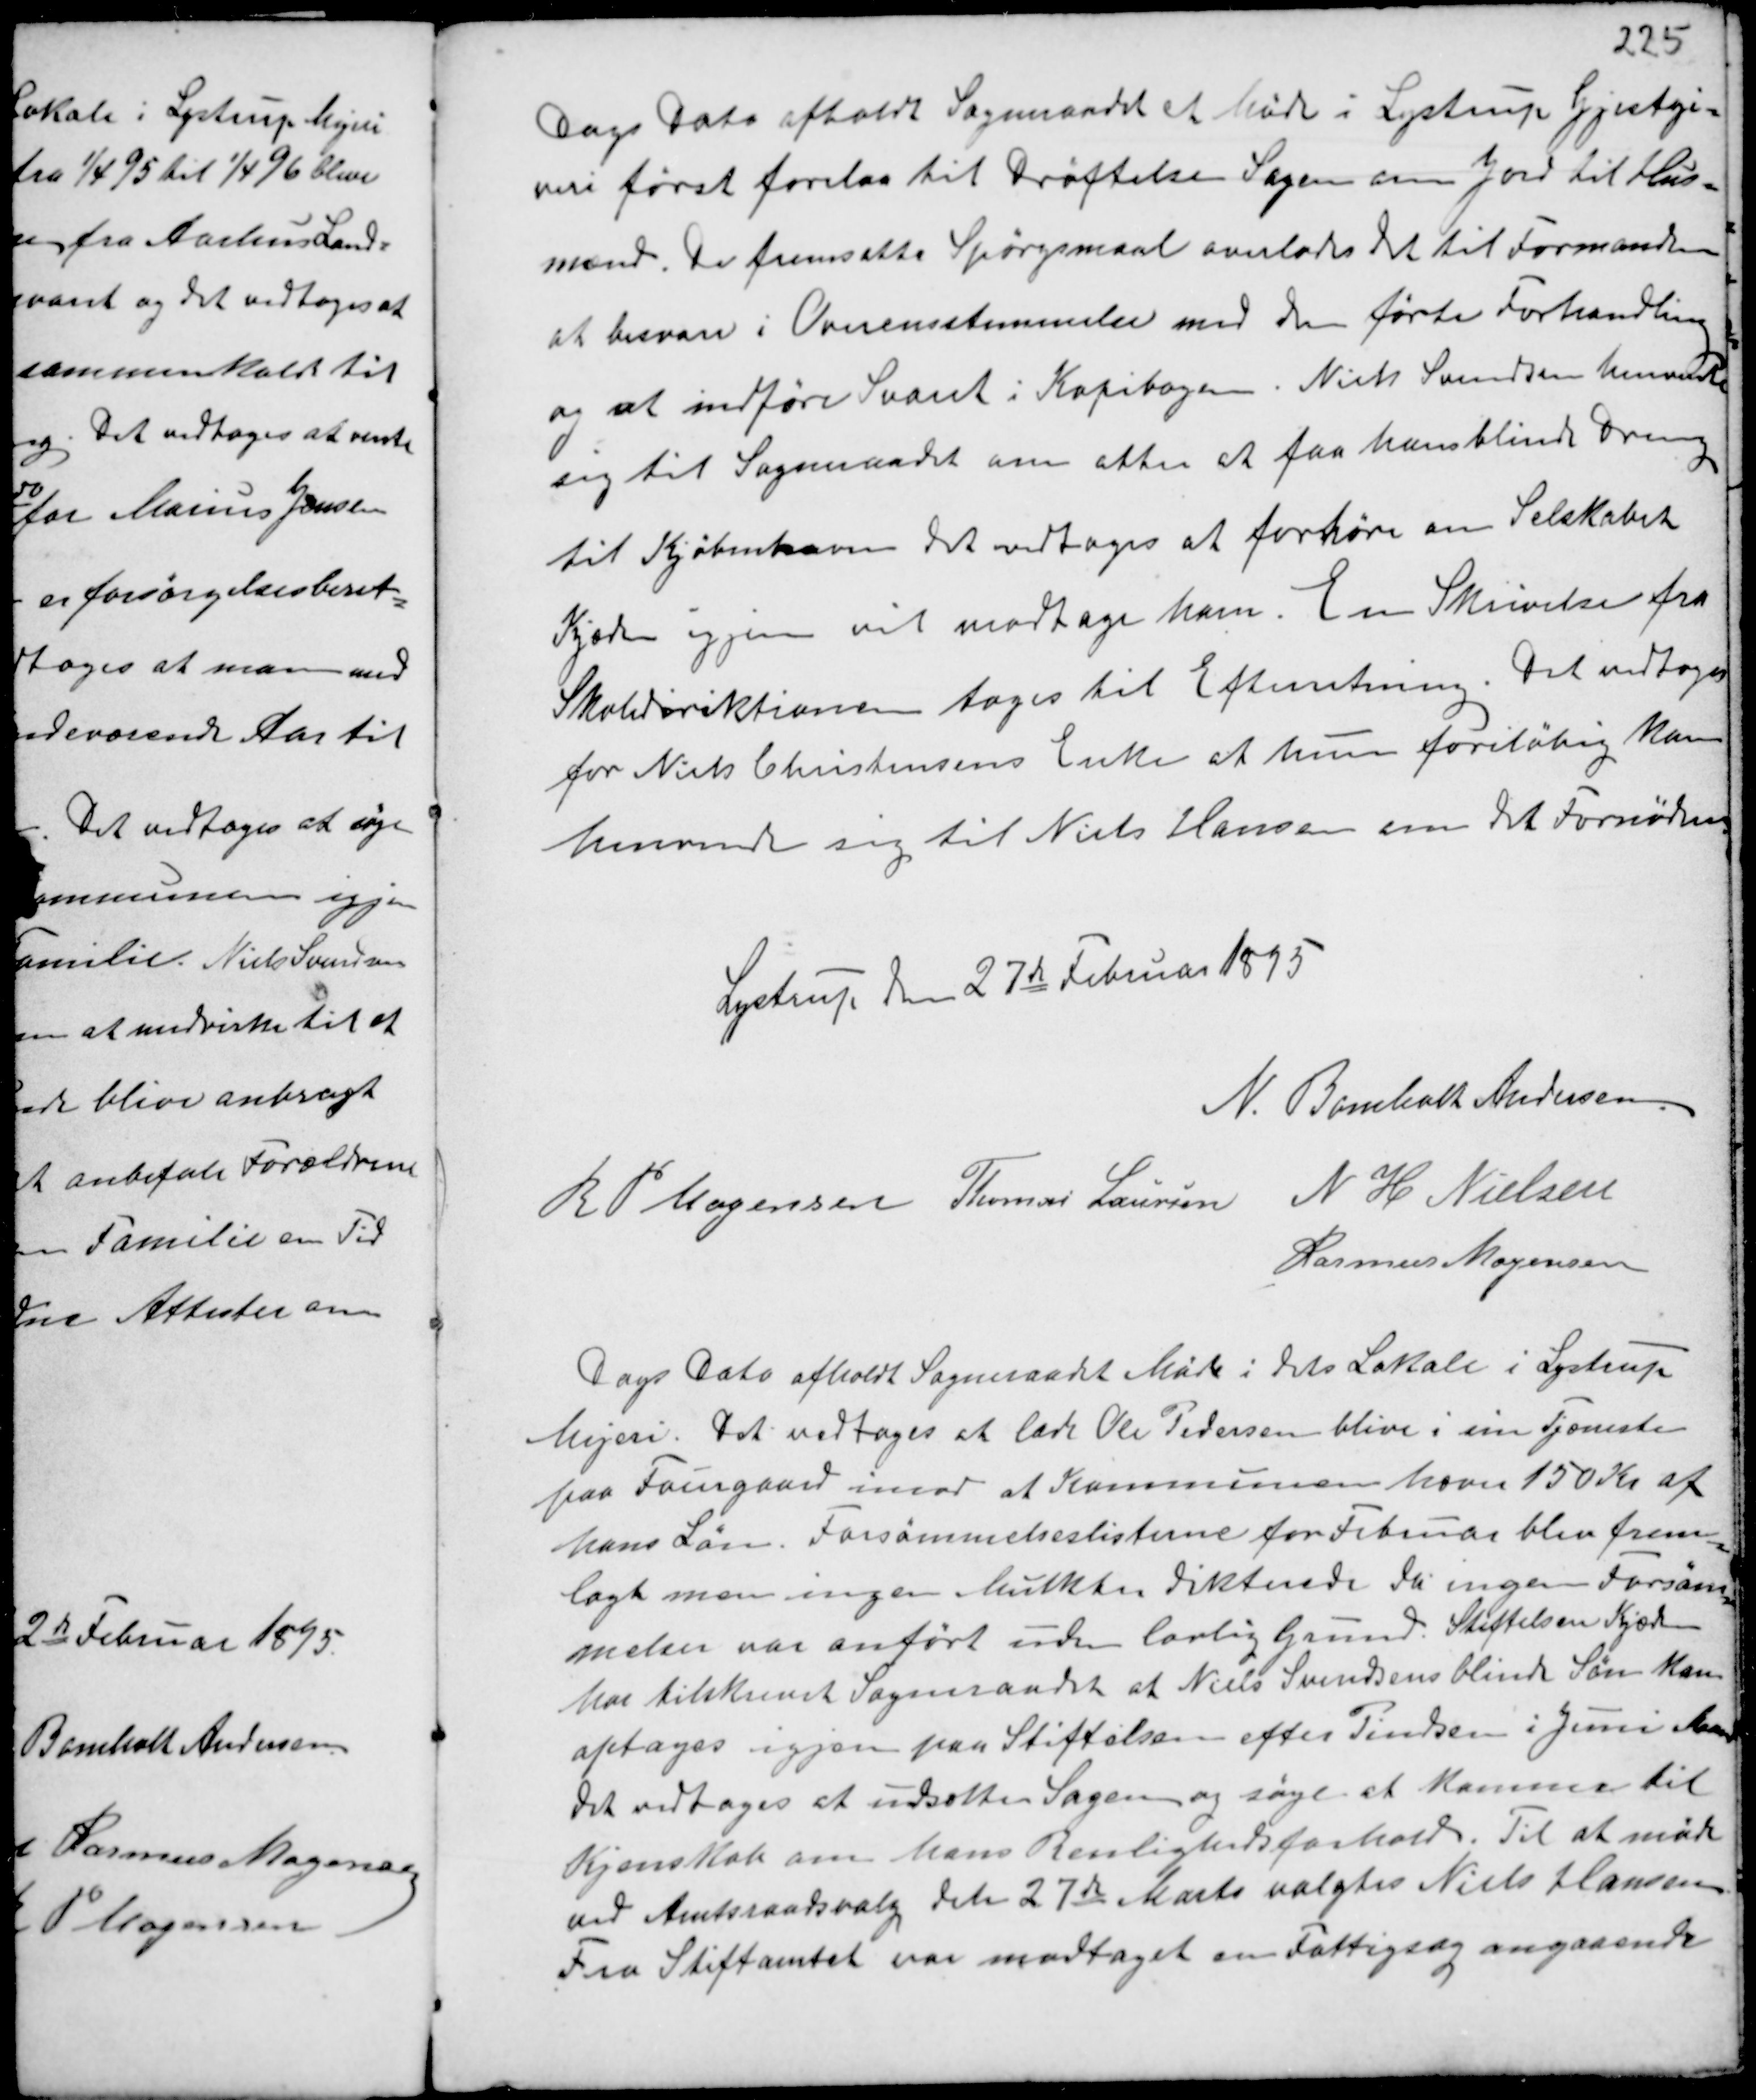
Transskription:
Dags Dato afholdt Sogneraadet et Møde i Lystrup Gjæstgi-
veri først forelaa til Drøftelse Sagen om Jord til Hus-
mænd. De fremsatte Spørgsmaal overlades det til Formanden
at besvare i Overensstemmelse med den førte Forhandling
og at indføre Svaret i Kopibogen. Niels Svendsen henvente
sig til Sogneraadet om atter at faa hans blinde Dreng
til Kjøbenhavn det vedtoges at forhøre om Selskabet
Kjæden igjen vil modtage ham. En Skrivelse fra
Skoledirektionen toges til Efterretning. Det vedtoges
for Niels Christensens Enke at hun foreløbig kan
henvende sig til Niels Hansen om det Fornødne.

Lystrup den 27de Februar 1895
N. Bomholt Andersen
R P Mogensen Thomas Laursen N H Nielsen
Rasmus Mogensen

Dags Dato afholdt Sogneraadet Møde i dets Lokale i Lystrup
Mejeri. Det vedtoges at lade Ole Pedersen blive i sin Tjeneste
paa Faurgaard imod at Kommunen hæver 150 Kr af
hans Løn. Forsømmelseslisterne for Februar blev frem-
lagte men ingen Mulkter dikterede da ingen Forsøm-
melser var anført uden lovlig Grund. Stiftelsen Kjæden
har tilskrevet Sogneraadet at Niels Svendsens blinde Søn kan
optages igjen paa Stiftelsen efter Pindsen i Juni Mnd
det vedtoges at udsætte Sagen og søge at komme til
Kjendskab om hans Renlighedsforhold. Til at møde
ved Amtsraadsvalg dets 27de Marts valgtes Niels Hansen.
Fra Stiftamtet var modtaget en Fattigsag angaaende